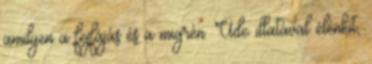
amilyen a fejfájás és a migrén. Üde illatával élénkít,